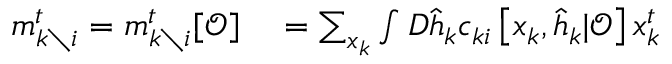
\begin{array} { r l } { m _ { k \setminus i } ^ { t } = m _ { k \setminus i } ^ { t } [ \boldsymbol { \mathcal { O } } ] } & { { } = \sum _ { \boldsymbol { x } _ { k } } \int D \hat { \boldsymbol { h } } _ { k } c _ { k i } \left[ \boldsymbol { x } _ { k } , \hat { \boldsymbol { h } } _ { k } | \boldsymbol { \mathcal { O } } \right] x _ { k } ^ { t } } \end{array}